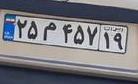
۲۵م۴۵۷۱۹